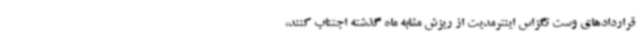
قراردادهای وست تگزاس اینترمدیت از ریزش مشابه ماه گذشته اجتناب کنند،